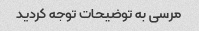
مرسی به توضیحات توجه کردید